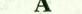
A